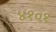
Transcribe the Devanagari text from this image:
४१०१